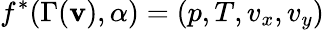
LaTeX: f^{*}(\Gamma(\mathbf{v}),\alpha)=(p,T,v_{x},v_{y})